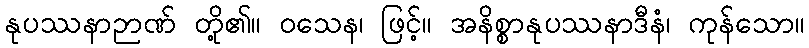
နုပဿနာဉာဏ် တို့၏။ ဝသေန၊ ဖြင့်။ အနိစ္စာနုပဿနာဒီနံ၊ ကုန်သော။